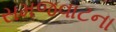
સમજવાટના